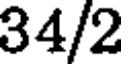
34/2